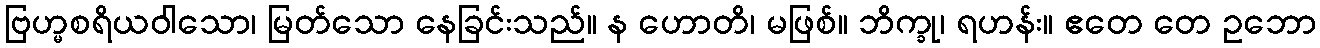
ဗြဟ္မစရိယဝါသော၊ မြတ်သော နေခြင်းသည်။ န ဟောတိ၊ မဖြစ်။ ဘိက္ခု၊ ရဟန်း။ ဧတေ တေ ဥဘော